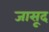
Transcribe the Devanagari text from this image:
जासूद